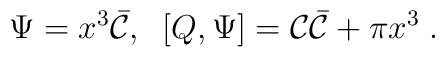
\Psi=x^3\bar{\cal C},\;\;[Q,\Psi]={\cal C}\bar{\cal C}+ \pi x^3\;.